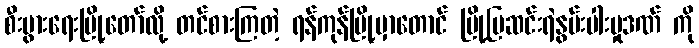
စီးပွားရေးမြို့တော်လို့ တင်စားကြတဲ့ ရန်ကုန်မြို့မှာတောင် မြို့ပြဆင်းရဲနွမ်းပါးမှုဒဏ် ကို